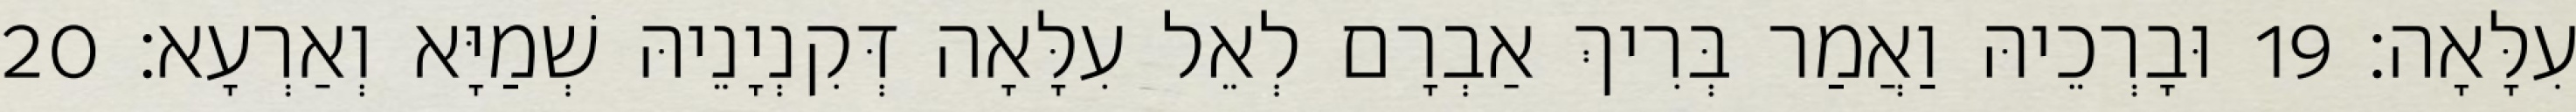
עִלָּאָה׃ 19 וּבָרְכֵיהּ וַאֲמַר בְּרִיךְ אַבְרָם לְאֵל עִלָּאָה דְּקִנְיָנֵיהּ שְׁמַיָּא וְאַרְעָא׃ 20